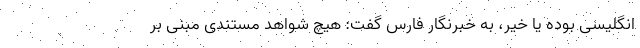
انگلیسی بوده یا خیر، به خبرنگار فارس گفت: هیچ شواهد مستندی مبنی بر